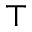
\top